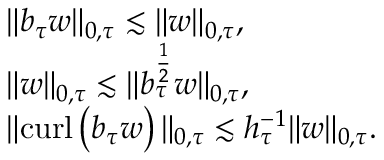
\begin{array} { r l } & { \| b _ { \tau } \boldsymbol { w } \| _ { 0 , \tau } \lesssim \| \boldsymbol { w } \| _ { 0 , \tau } , } \\ & { \| \boldsymbol { w } \| _ { 0 , \tau } \lesssim \| b _ { \tau } ^ { \frac { 1 } { 2 } } \boldsymbol { w } \| _ { 0 , \tau } , } \\ & { \| \mathrm { c u r l } \left( b _ { \tau } \boldsymbol { w } \right) \| _ { 0 , \tau } \lesssim h _ { \tau } ^ { - 1 } \| \boldsymbol { w } \| _ { 0 , \tau } . } \end{array}